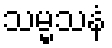
သမ္မသနံ